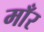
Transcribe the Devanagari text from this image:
माँर